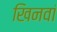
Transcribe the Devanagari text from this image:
खिनवां